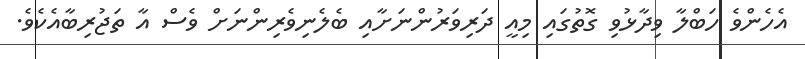
އެހެންވެ ހަބްލާ ވިދާޅުވި ގޮތުގައި މިއީ ދަރިވަރުންނަށާއި ބެލެނިވެރިންނަށް ވެސް އާ ތަޖުރިބާއެކެވެ.